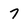
Character: 7